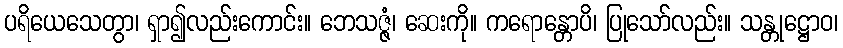
ပရိယေသေတွာ၊ ရှာ၍လည်းကောင်း။ ဘေသဇ္ဇံ၊ ဆေးကို။ ကရောန္တောပိ၊ ပြုသော်လည်း။ သန္တုဋ္ဌောဝ၊